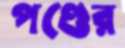
পণ্ডের